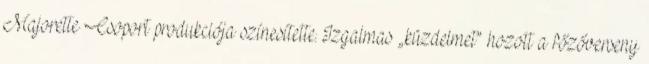
Majorette Csoport produkciója színesítette. Izgalmas „küzdelmet” hozott a főzőverseny